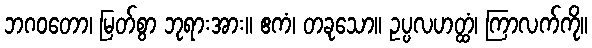
ဘဂဝတော၊ မြတ်စွာ ဘုရားအား။ ဧကံ၊ တခုသော။ ဥပ္ပလဟတ္ထံ၊ ကြာလက်ကို။